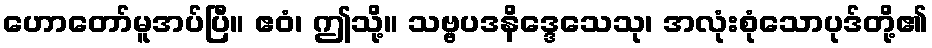
ဟောတော်မူအပ်ပြီ။ ဧဝံ၊ ဤသို့။ သဗ္ဗပဒနိဒ္ဒေသေသု၊ အလုံးစုံသောပုဒ်တို့၏